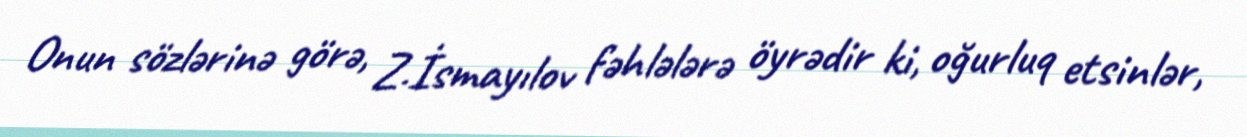
Onun sözlərinə görə, Z.İsmayılov fəhlələrə öyrədir ki, oğurluq etsinlər,